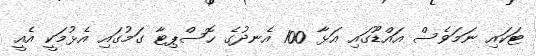
ޓަކައި ނަމަވެސް އައްޑޫގައި އަޅާ 100 އެނދުގެ ހޮސްޕިޓާ ގަމުގައި އެޅުމަކީ އެއީ